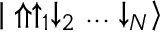
{ | \Uparrow \uparrow _ { 1 } \downarrow _ { 2 } . . . \downarrow _ { N } \rangle }